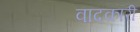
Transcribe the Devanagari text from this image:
वादकारी